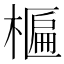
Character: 𬄈